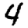
Digit: 4